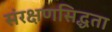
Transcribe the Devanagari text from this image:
संरक्षणसिद्धता